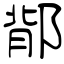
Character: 鄁